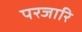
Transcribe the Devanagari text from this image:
परजारि